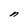
Character: n